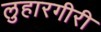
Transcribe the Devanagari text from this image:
लुहारगीरी